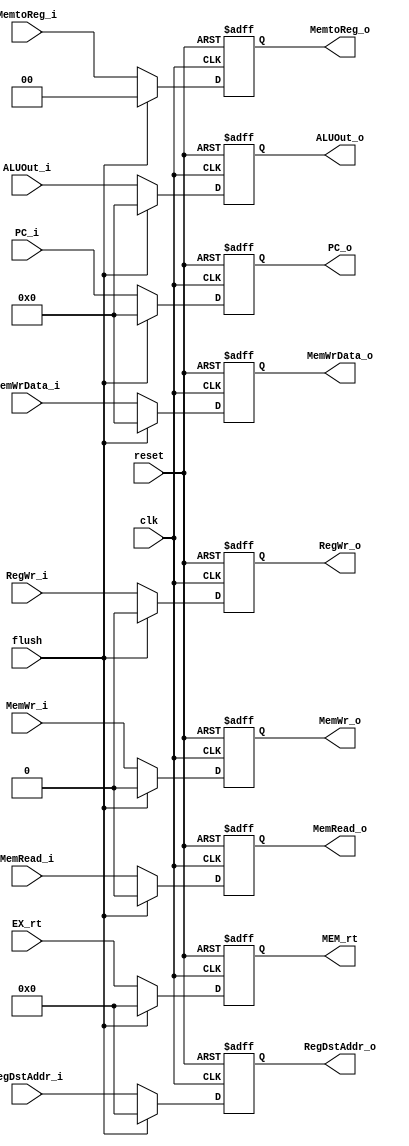
`timescale 1ns / 1ps
//////////////////////////////////////////////////////////////////////////////////
// Company: 
// Engineer: 
// 
// Design Name: 
// Module Name: EX_MEM
// Project Name: 
// Target Devices: 
// Tool Versions: 
// Description: 
// 
// Dependencies: 
// 
// Revision:
// Revision 0.01 - File Created
// Additional Comments:
// 
//////////////////////////////////////////////////////////////////////////////////


module EX_MEM(
//input
        input clk,  
        input reset,         
        input flush,      
        //ControlSignals
        input RegWr_i,       
        input MemRead_i ,      
        input MemWr_i,       
        input [2 -1:0] MemtoReg_i,     
        //ALUData&RegDst&MemWriteData
        input [32 -1:0] ALUOut_i,   
        input [32 -1:0] MemWrData_i,      
        input [5 -1:0] RegDstAddr_i,
        input [5 -1:0] EX_rt,    
        input [32 -1:0] PC_i,            
//output
        output reg RegWr_o,       
        output reg MemRead_o,       
        output reg MemWr_o,        
        output reg [2 -1:0] MemtoReg_o,    
        output reg [32 -1:0] ALUOut_o,         
        output reg [32 -1:0] MemWrData_o,      
        output reg [5 -1:0] RegDstAddr_o,
        output reg [5 -1:0] MEM_rt,     
        output reg [32 -1:0] PC_o              //for jal
    );
    
        always @(posedge reset or posedge clk) begin
        if(reset) begin
            RegWr_o <= 1'b0;
            MemRead_o <= 1'b0;
            MemWr_o <= 1'b0;
            MemtoReg_o <= 2'b00;
            ALUOut_o <= 32'h00000000;
            MemWrData_o <= 32'h00000000;
            RegDstAddr_o <= 5'b00000;
            MEM_rt <= 5'b00000;
            PC_o <= 32'h00000000;
        end
        else if (flush) begin
            RegWr_o <= 1'b0;
            MemRead_o <= 1'b0;
            MemWr_o <= 1'b0;
            MemtoReg_o <= 2'b00;
            ALUOut_o <= 32'h00000000;
            MemWrData_o <= 32'h00000000;
            RegDstAddr_o <= 5'b00000;
            MEM_rt <= 5'b00000;
            PC_o <= 32'h00000000;
        end
        else begin
            RegWr_o <= RegWr_i;
            MemRead_o <= MemRead_i;
            MemWr_o <= MemWr_i;
            MemtoReg_o <= MemtoReg_i;
            ALUOut_o <= ALUOut_i;
            MemWrData_o <= MemWrData_i;
            RegDstAddr_o <= RegDstAddr_i;
            MEM_rt <= EX_rt;
            PC_o <= PC_i;
        end
    end
    
endmodule